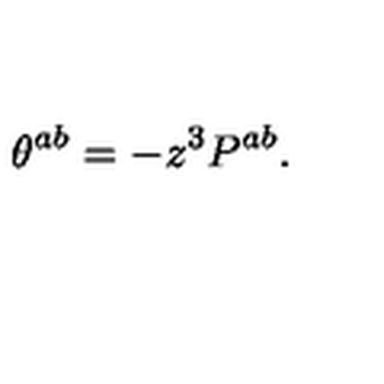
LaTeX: \theta ^ { a b } = - z ^ { 3 } P ^ { a b } .